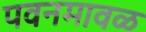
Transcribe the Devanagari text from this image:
पवनमावळ